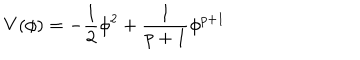
V ( \phi ) = - \frac { 1 } { 2 } \phi ^ { 2 } + \frac { 1 } { p + 1 } \phi ^ { p + 1 }